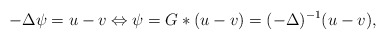
\begin{align*} -\Delta \psi=u-v\Leftrightarrow \psi=G*(u-v)=(-\Delta)^{-1}(u-v),\end{align*}